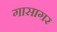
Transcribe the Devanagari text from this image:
गासागर